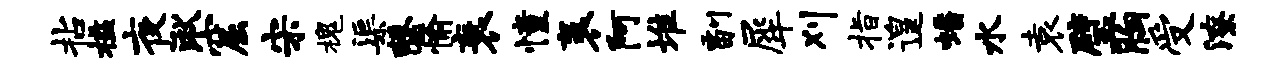
拈槛夜湫窟宋槐渠罄愉衰憧袤阿堆副犀刈指遑蟠水袁璧胸受潦